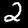
Label: 2